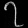
Digit: ၇